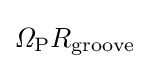
{\mathit {\Omega }}_{\mathrm {P} }R_{\mathrm {groove} }